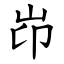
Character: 岇